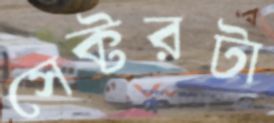
সেক্টরটা